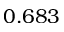
0 . 6 8 3